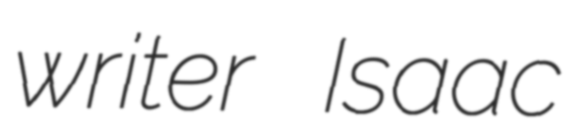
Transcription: writer Isaac